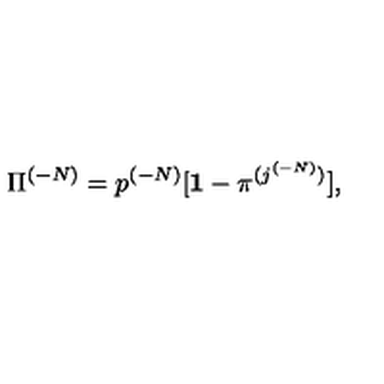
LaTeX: { \Pi } ^ { ( - N ) } = p ^ { ( - N ) } [ { \bf 1 } - { \pi } ^ { ( j ^ { ( - N ) } ) } ] ,